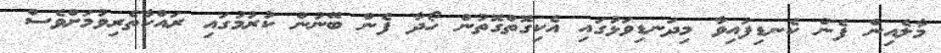
މާލެއިން ފެން ކެނޑިފައިވާ މިދަނޑިވަޅުގައި އެކިގޮތްގޮތުން ހޯދާ ފެން ބޭނުން ކުރުމުގައި ރައްކާތެރިވުމަށްވެސް